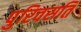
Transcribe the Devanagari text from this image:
पुरिवसति